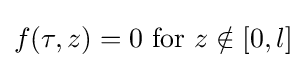
f(\tau ,z)=0{\text{ for }}z\notin [0,l]